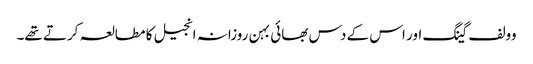
وولف گینگ اور اس کے دس بھائی بہن روزانہ انجیل کا مطالعہ کرتے تھے۔